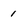
Character: 1